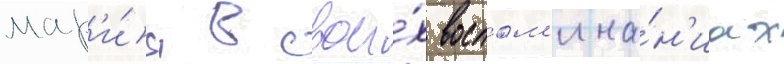
мар'и́я в свои́х воспом'ина́н'иах